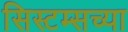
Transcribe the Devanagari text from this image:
सिस्टम्सच्या